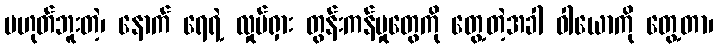
မဟုတ်ဘူးတဲ့၊ နောက် ရေရဲ့ လှုပ်ရှား တွန်းကန်မှုတွေကို တွေ့တဲ့အခါ ဝါယောကို တွေ့တာ၊